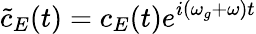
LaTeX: \tilde{c}_{E}(t)=c_{E}(t)e^{i(\omega_{g}+\omega)t}